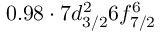
0 . 9 8 \cdot 7 d _ { 3 / 2 } ^ { 2 } 6 f _ { 7 / 2 } ^ { 6 }